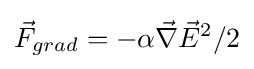
{\vec {F}}_{grad}=-\alpha {\vec {\nabla }}{\vec {E}}^{2}/2